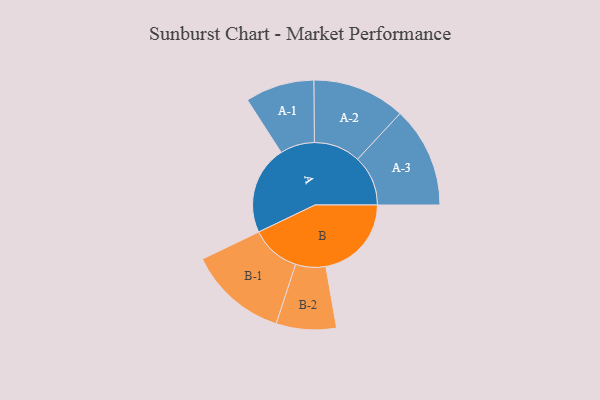
{"axis": {"x": "Segment", "y": "Value"}, "legend": ["", "A", "B"], "data": [{"x": "A", "y": 496, "type": ""}, {"x": "B", "y": 479, "type": ""}, {"x": "A-1", "y": 193, "type": "A"}, {"x": "A-2", "y": 260, "type": "A"}, {"x": "A-3", "y": 282, "type": "A"}, {"x": "B-1", "y": 277, "type": "B"}, {"x": "B-2", "y": 168, "type": "B"}]}